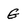
Character: G